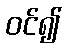
ဝင်၍